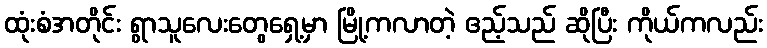
ထုံးစံအတိုင်း ရွာသူလေးတွေရှေ့မှာ မြို့ကလာတဲ့ ဧည့်သည် ဆိုပြီး ကိုယ်ကလည်း